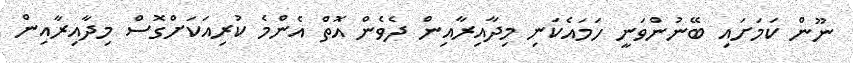
ނޫން ކަމަށައި ބޭނުންވަނީ ހަމައެކަނި މިދާއިރާއިން ދެވެން އޮތް އެންމެ ކުރިއަކަށްގޮސް މިދާއިރާއިން